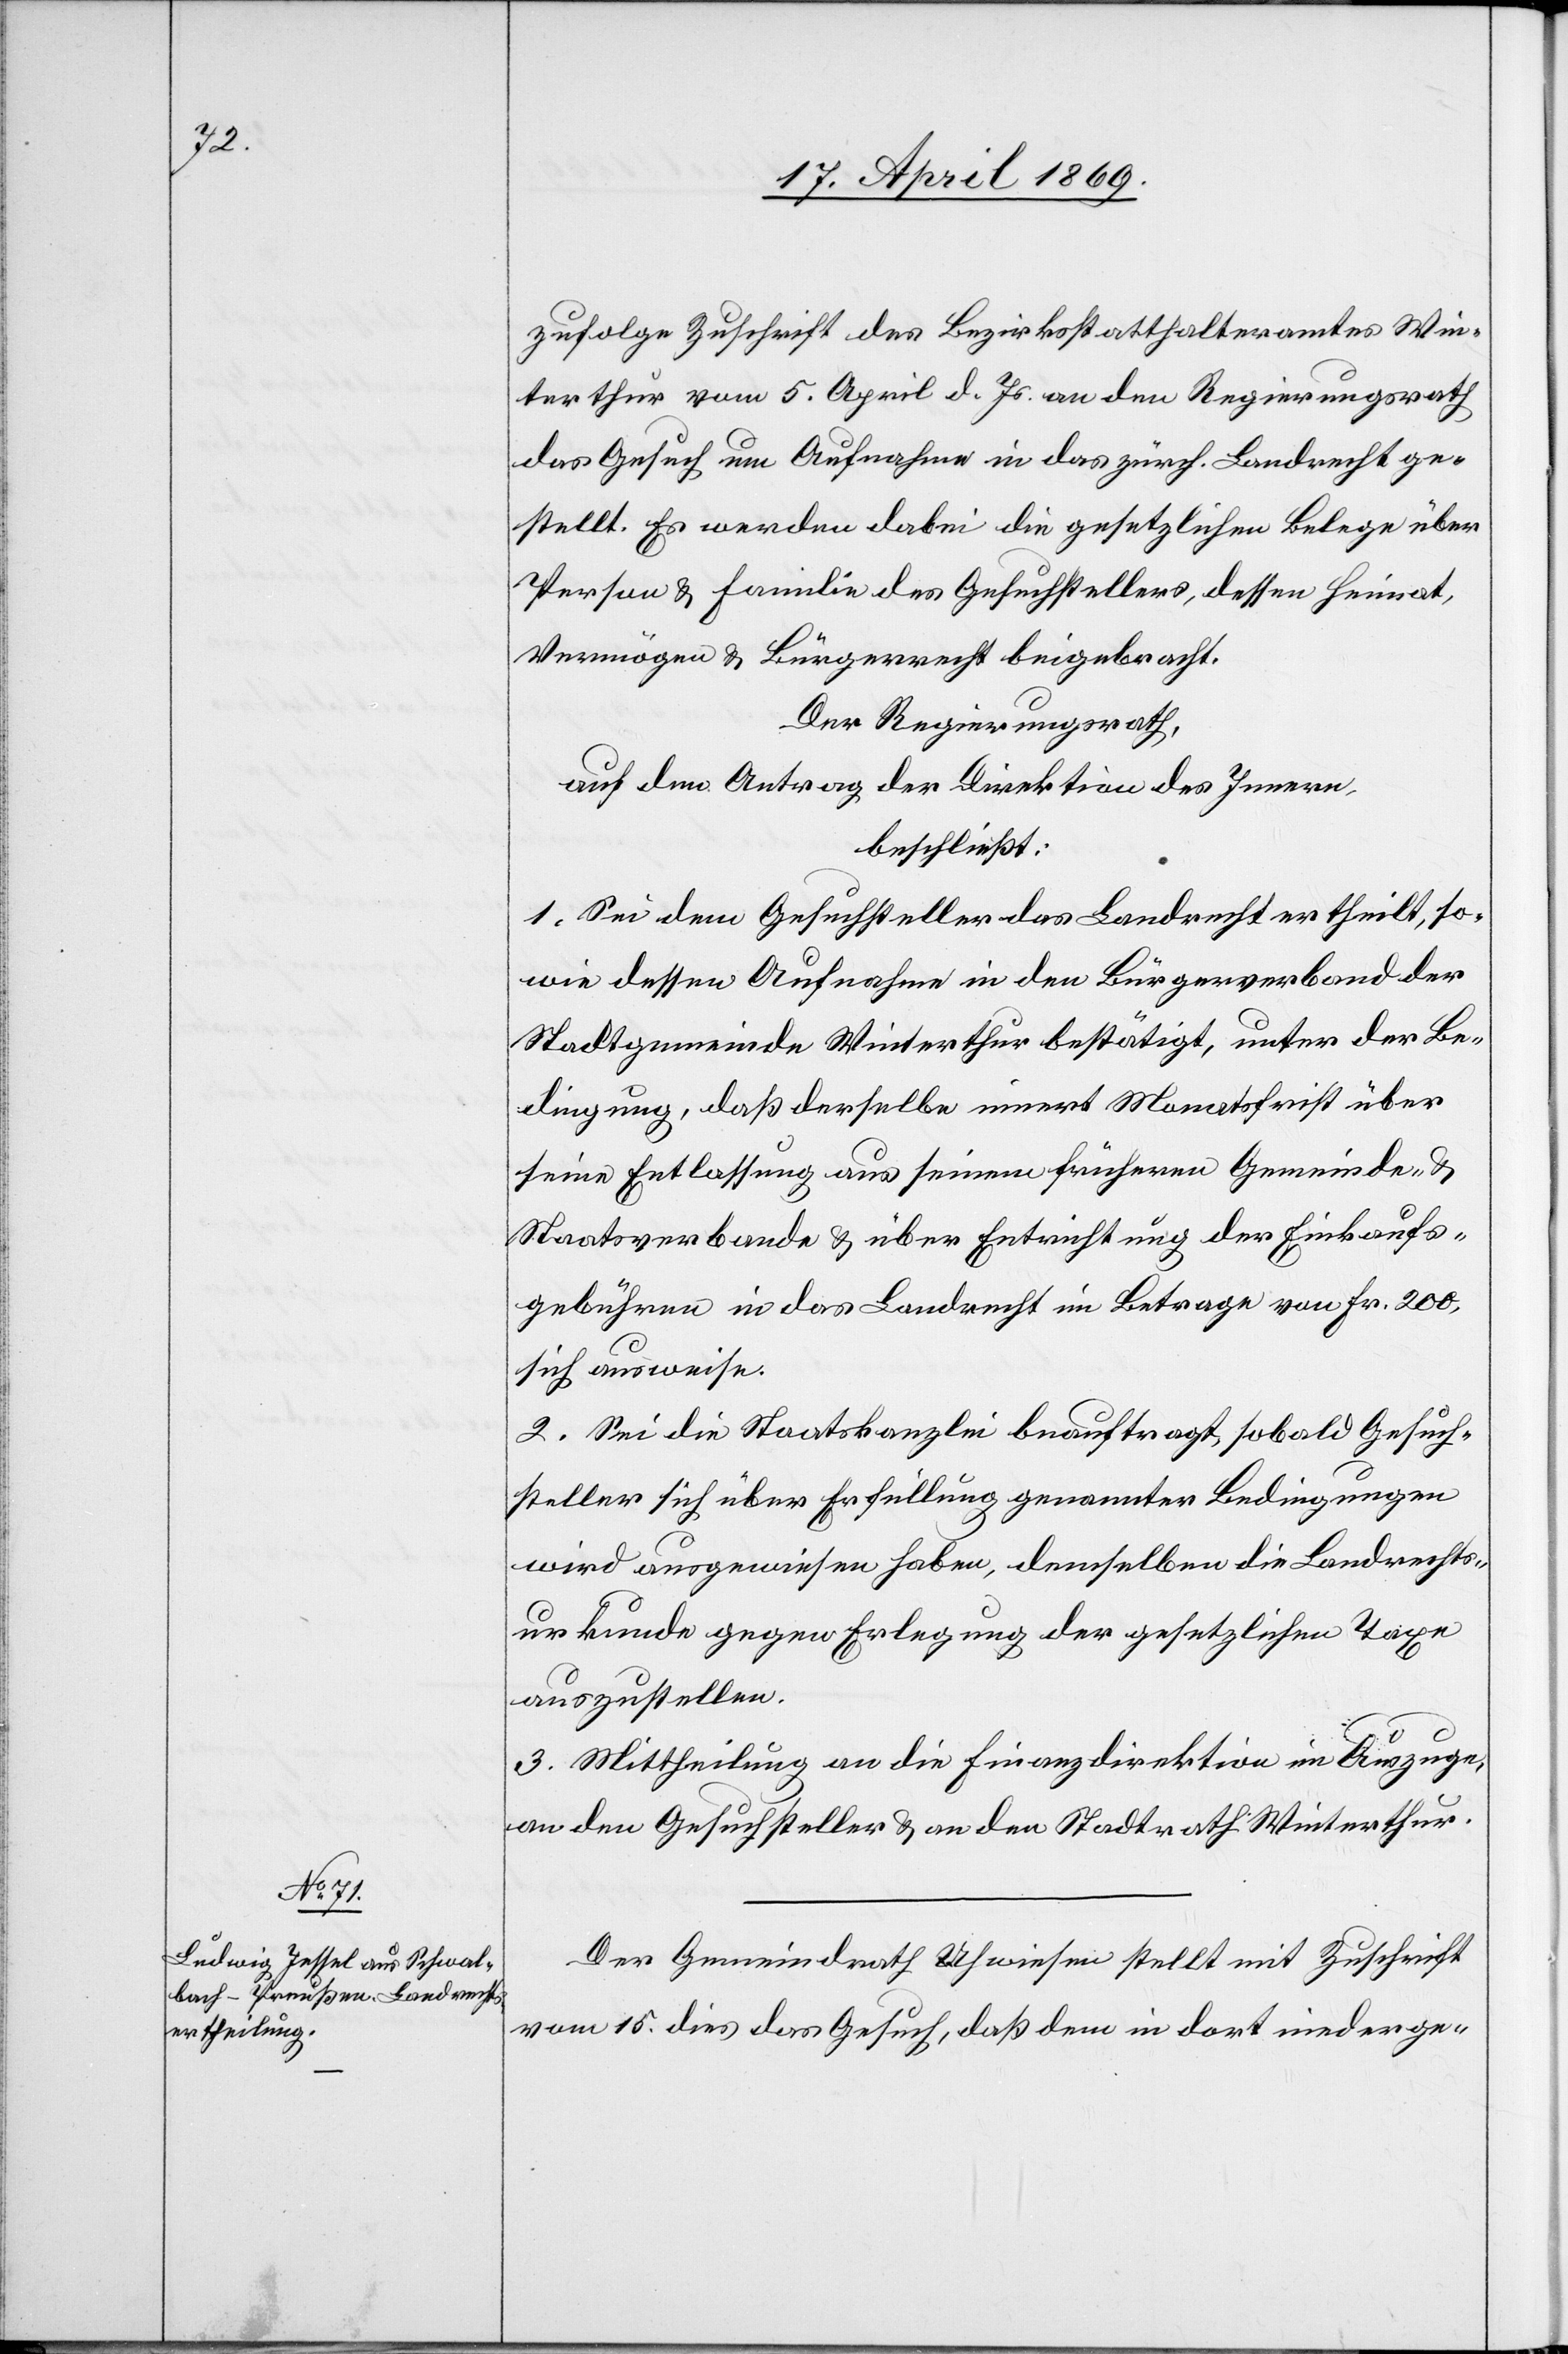
zufolge Zuschrift des Bezirksstatthalteramtes Win¬
terthur vom 5. April d. Js. an den Regierungsrath
das Gesuch um Aufnahme in das zürch. Landrecht ge¬
stellt. Es werden dabei die gesetzlichen Belege über
Person u. Familie des Gesuchstellers, dessen Heimat,
Vermögen u. Bürgerrecht beigebracht.
Der Regierungsrath,
auf den Antrag der Direktion des Innern,
beschließt:
1. Sei dem Gesuchsteller das Landrecht ertheilt, so¬
wie dessen Aufnahme in den Bürgerverband der
Stadtgemeinde Winterthur bestätigt, unter der Be¬
dingung, daß derselbe innert Monatsfrist über
seine Entlassung aus seinem frühern Gemeinde- u.
Staatsverbande u. über Entrichtung der Einkaufs¬
gebühren in das Landrecht im Betrage von Fr. 200,
sich ausweise.
2. Sei die Staatskanzlei beauftragt, sobald Gesuch¬
steller sich über Erfüllung genannter Bedingungen
wird ausgewiesen haben, demselben die Landrechts¬
urkunde gegen Erlegung der gesetzlichen Taxen
auszustellen.
3. Mittheilung an die Finanzdirektion im Auszuge,
an den Gesuchsteller u. an den Stadtrath Winterthur.
Der Gemeindrath Uhwiesen stellt mit Zuschrift
vom 15. dies das Gesuch, daß dem in dort niederge-